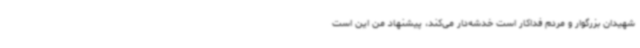
شهیدان بزرگوار و مردم فداکار است خدشه‌دار می‌کند، پیشنهاد من این است